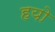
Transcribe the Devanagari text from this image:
हयो